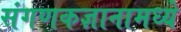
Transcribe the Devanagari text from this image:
संगणकज्ञानामध्ये